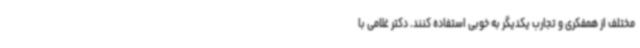
مختلف از همفکری و تجارب یکدیگر به خوبی استفاده کنند. دکتر غلامی با